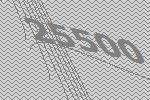
25500